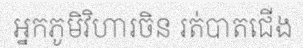
អ្នកភូមិវិហារចិន រត់បាតជើង